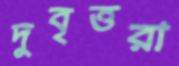
দুবৃত্তরা